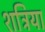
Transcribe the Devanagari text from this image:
शत्रिया